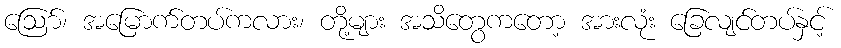
ဩော်၊ အမြောက်တပ်ကလား၊ တို့များ အသိတွေကတော့ အားလုံး ခြေလျင်တပ်နှင့်